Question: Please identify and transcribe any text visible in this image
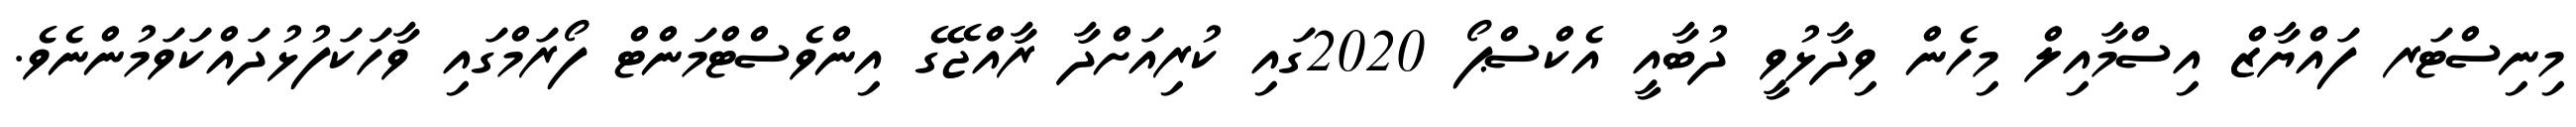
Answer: މިނިސްޓަރ ފައްޔާޒް އިސްމާއިލް މިހެން ވިދާޅުވީ ދުބާއީ އެކްސްޕޯ 2020ގައި ކުރިއަށްދާ ރާއްޖޭގެ އިންވެސްޓްމަންޓް ފޯރަމްގައި ވާހަކަފުޅުދައްކަވަމުންނެވެ.